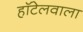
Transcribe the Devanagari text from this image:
हॉटेलवाला